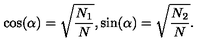
\cos ( \alpha ) = \sqrt { { \frac { N _ { 1 } } { N } } } , \sin ( \alpha ) = \sqrt { { \frac { N _ { 2 } } { N } } } .